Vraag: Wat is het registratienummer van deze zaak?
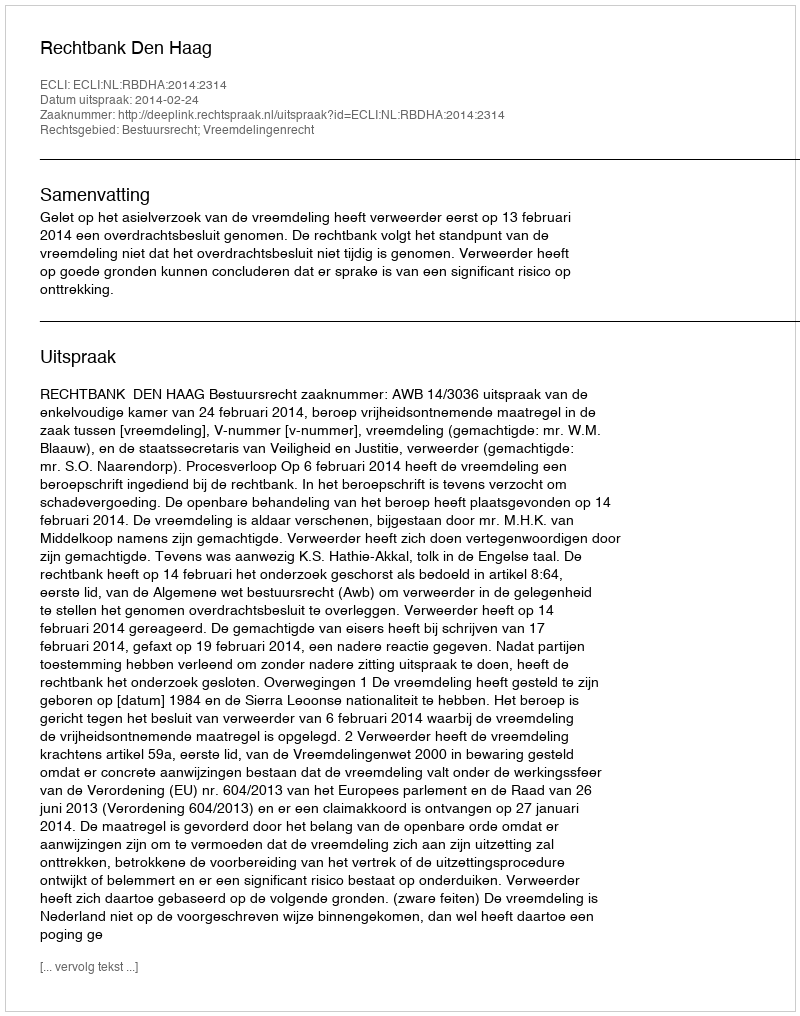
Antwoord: http://deeplink.rechtspraak.nl/uitspraak?id=ECLI:NL:RBDHA:2014:2314